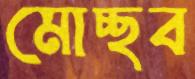
মোচ্ছব